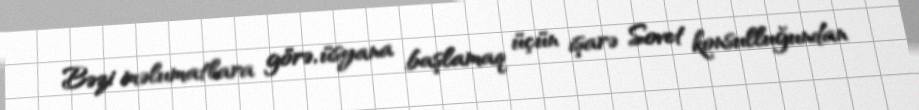
Bəzi məlumatlara görə, üsyana başlamaq üçün işarə Sovet konsulluğundan